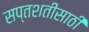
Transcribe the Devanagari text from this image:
सप्तशतीसाठी